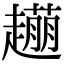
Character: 𧽹